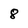
Character: 8